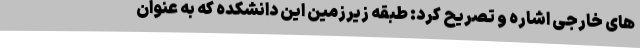
های خارجی اشاره و تصریح کرد: طبقه زیرزمین این دانشکده که به عنوان